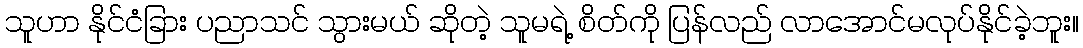
သူဟာ နိုင်ငံခြား ပညာသင် သွားမယ် ဆိုတဲ့ သူမရဲ့ စိတ်ကို ပြန်လည် လာအောင်မလုပ်နိုင်ခဲ့ဘူး။